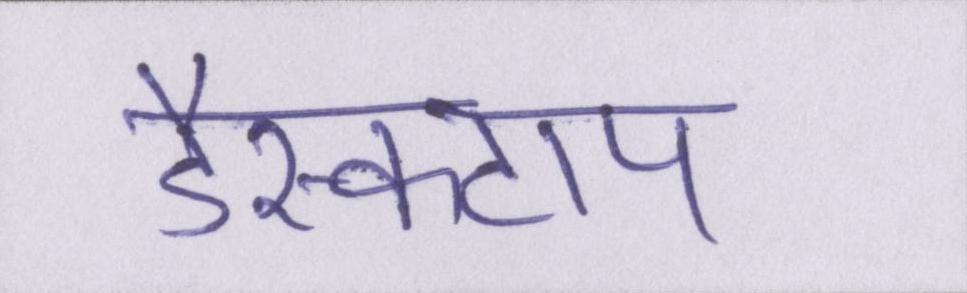
डैस्कटाप